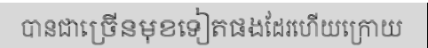
បានជាច្រើនមុខទៀតផងដែរហើយក្រោយ